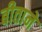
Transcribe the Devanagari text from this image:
बीताने